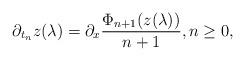
LaTeX: \begin{align*}\partial_{t_n}z(\lambda)=\partial_x \frac{\Phi_{n+1}(z(\lambda))}{n+1},n\geq 0,\end{align*}